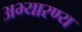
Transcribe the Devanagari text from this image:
अभ्यारण्य